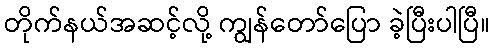
တိုက်နယ်အဆင့်လို့ ကျွန်တော်ပြော ခဲ့ပြီးပါပြီ။